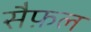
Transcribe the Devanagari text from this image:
सैफ़ल